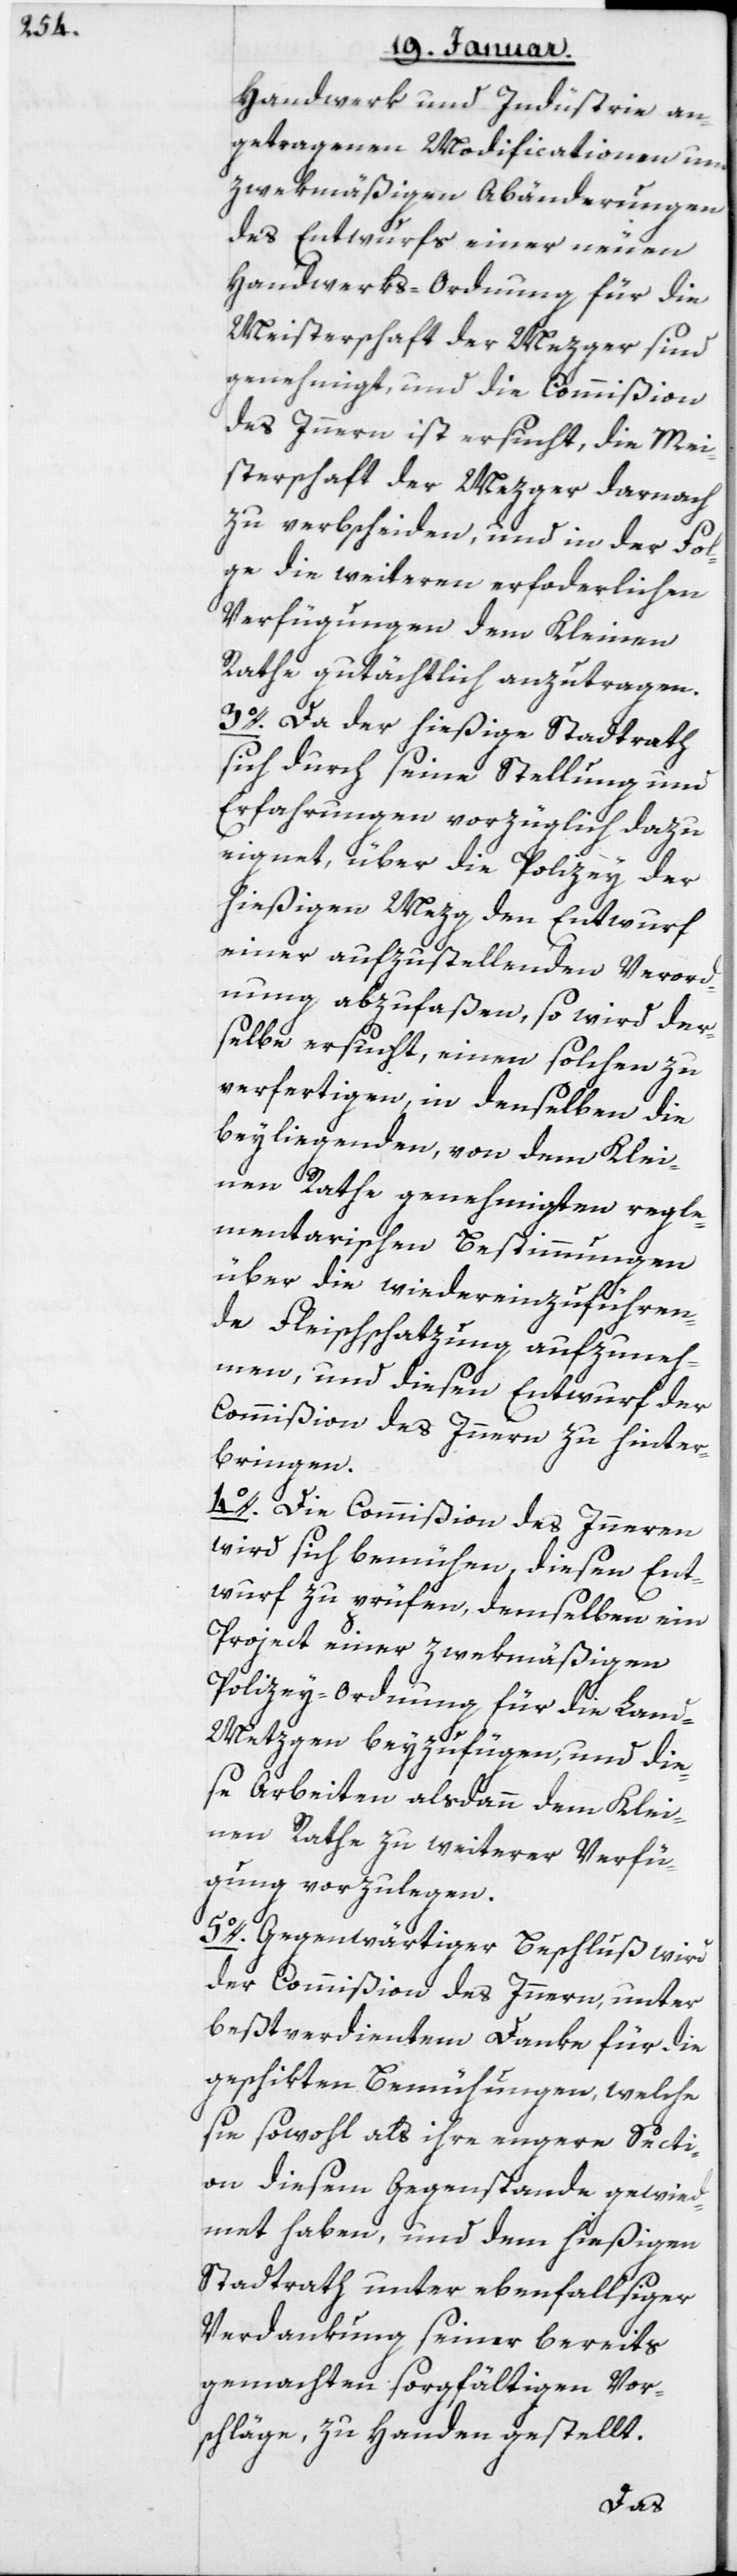
Handwerk und Industrie an¬
getragenen Modificationen und
zwekmäßigen Abänderungen
des Entwurfs einer neuen
Handwerks-Ordnung für die
Meisterschaft der Mezger, sind
genehmigt, und die Commißion
des Innern ist ersucht, die Mei¬
sterschaft der Mezger darnach
zu verbscheiden, und in der Fol¬
ge die weiteren erforderlichen
Verfügungen dem Kleinen
Rathe gutächtlich anzutragen.
3. Da der hießige Stadtrath
sich durch seine Stellung und
Erfahrungen vorzüglich dazu
eignet, über die Polizey der
hießigen Mezg den Entwurf
einer aufzustellenden Verord¬
nung abzufaßen, so wird der¬
selbe ersucht, einen solchen zu
verfertigen, in denselben die
beyliegenden, von dem Klei¬
nen Rathe genehmigten regle¬
mentarischen Bestimmungen
über die wieder einzuführen¬
de Fleischschatzung aufzuneh¬
men, und diesen Entwurf der
Commißion des Innern zu hinter¬
bringen.
4. Die Commißion des Innern
wird sich bemühen, diesen Ent¬
wurf zu prüfen, demselben ein
Project einer zwekmäßigen
Polizey-Ordnung für die Lan¬
d-Metzgen beyzufügen, und die¬
se Arbeiten alsdann dem Klei¬
nen Rathe zu weiterer Verfü¬
gung vorzulegen.
5. Gegenwärtiger Beschluß wird
der Commißion des Innern, unter
beßtverdientem Danke für die
geschikten Bemühungen, welche
sie sowohl als ihre engere Secti¬
on diesem Gegenstande gewid¬
met haben, und dem hießigen
Stadtrath unter ebenfallsiger
Verdankung seiner bereits
gemachten sorgfältigen Vor¬
schläge, zu Handen gestellt.